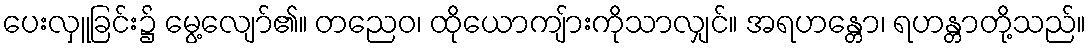
ပေးလှူခြင်း၌ မွေ့လျော်၏။ တညေဝ၊ ထိုယောကျ်ားကိုသာလျှင်။ အရဟန္တော၊ ရဟန္တာတို့သည်။